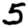
Digit: 5